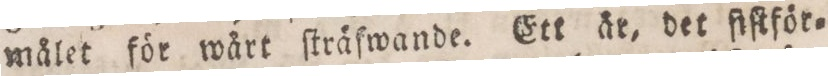
målet för wårt ſträfwande. Ett är, det ſiſtför=